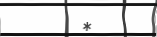
*